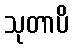
သုတာပိ